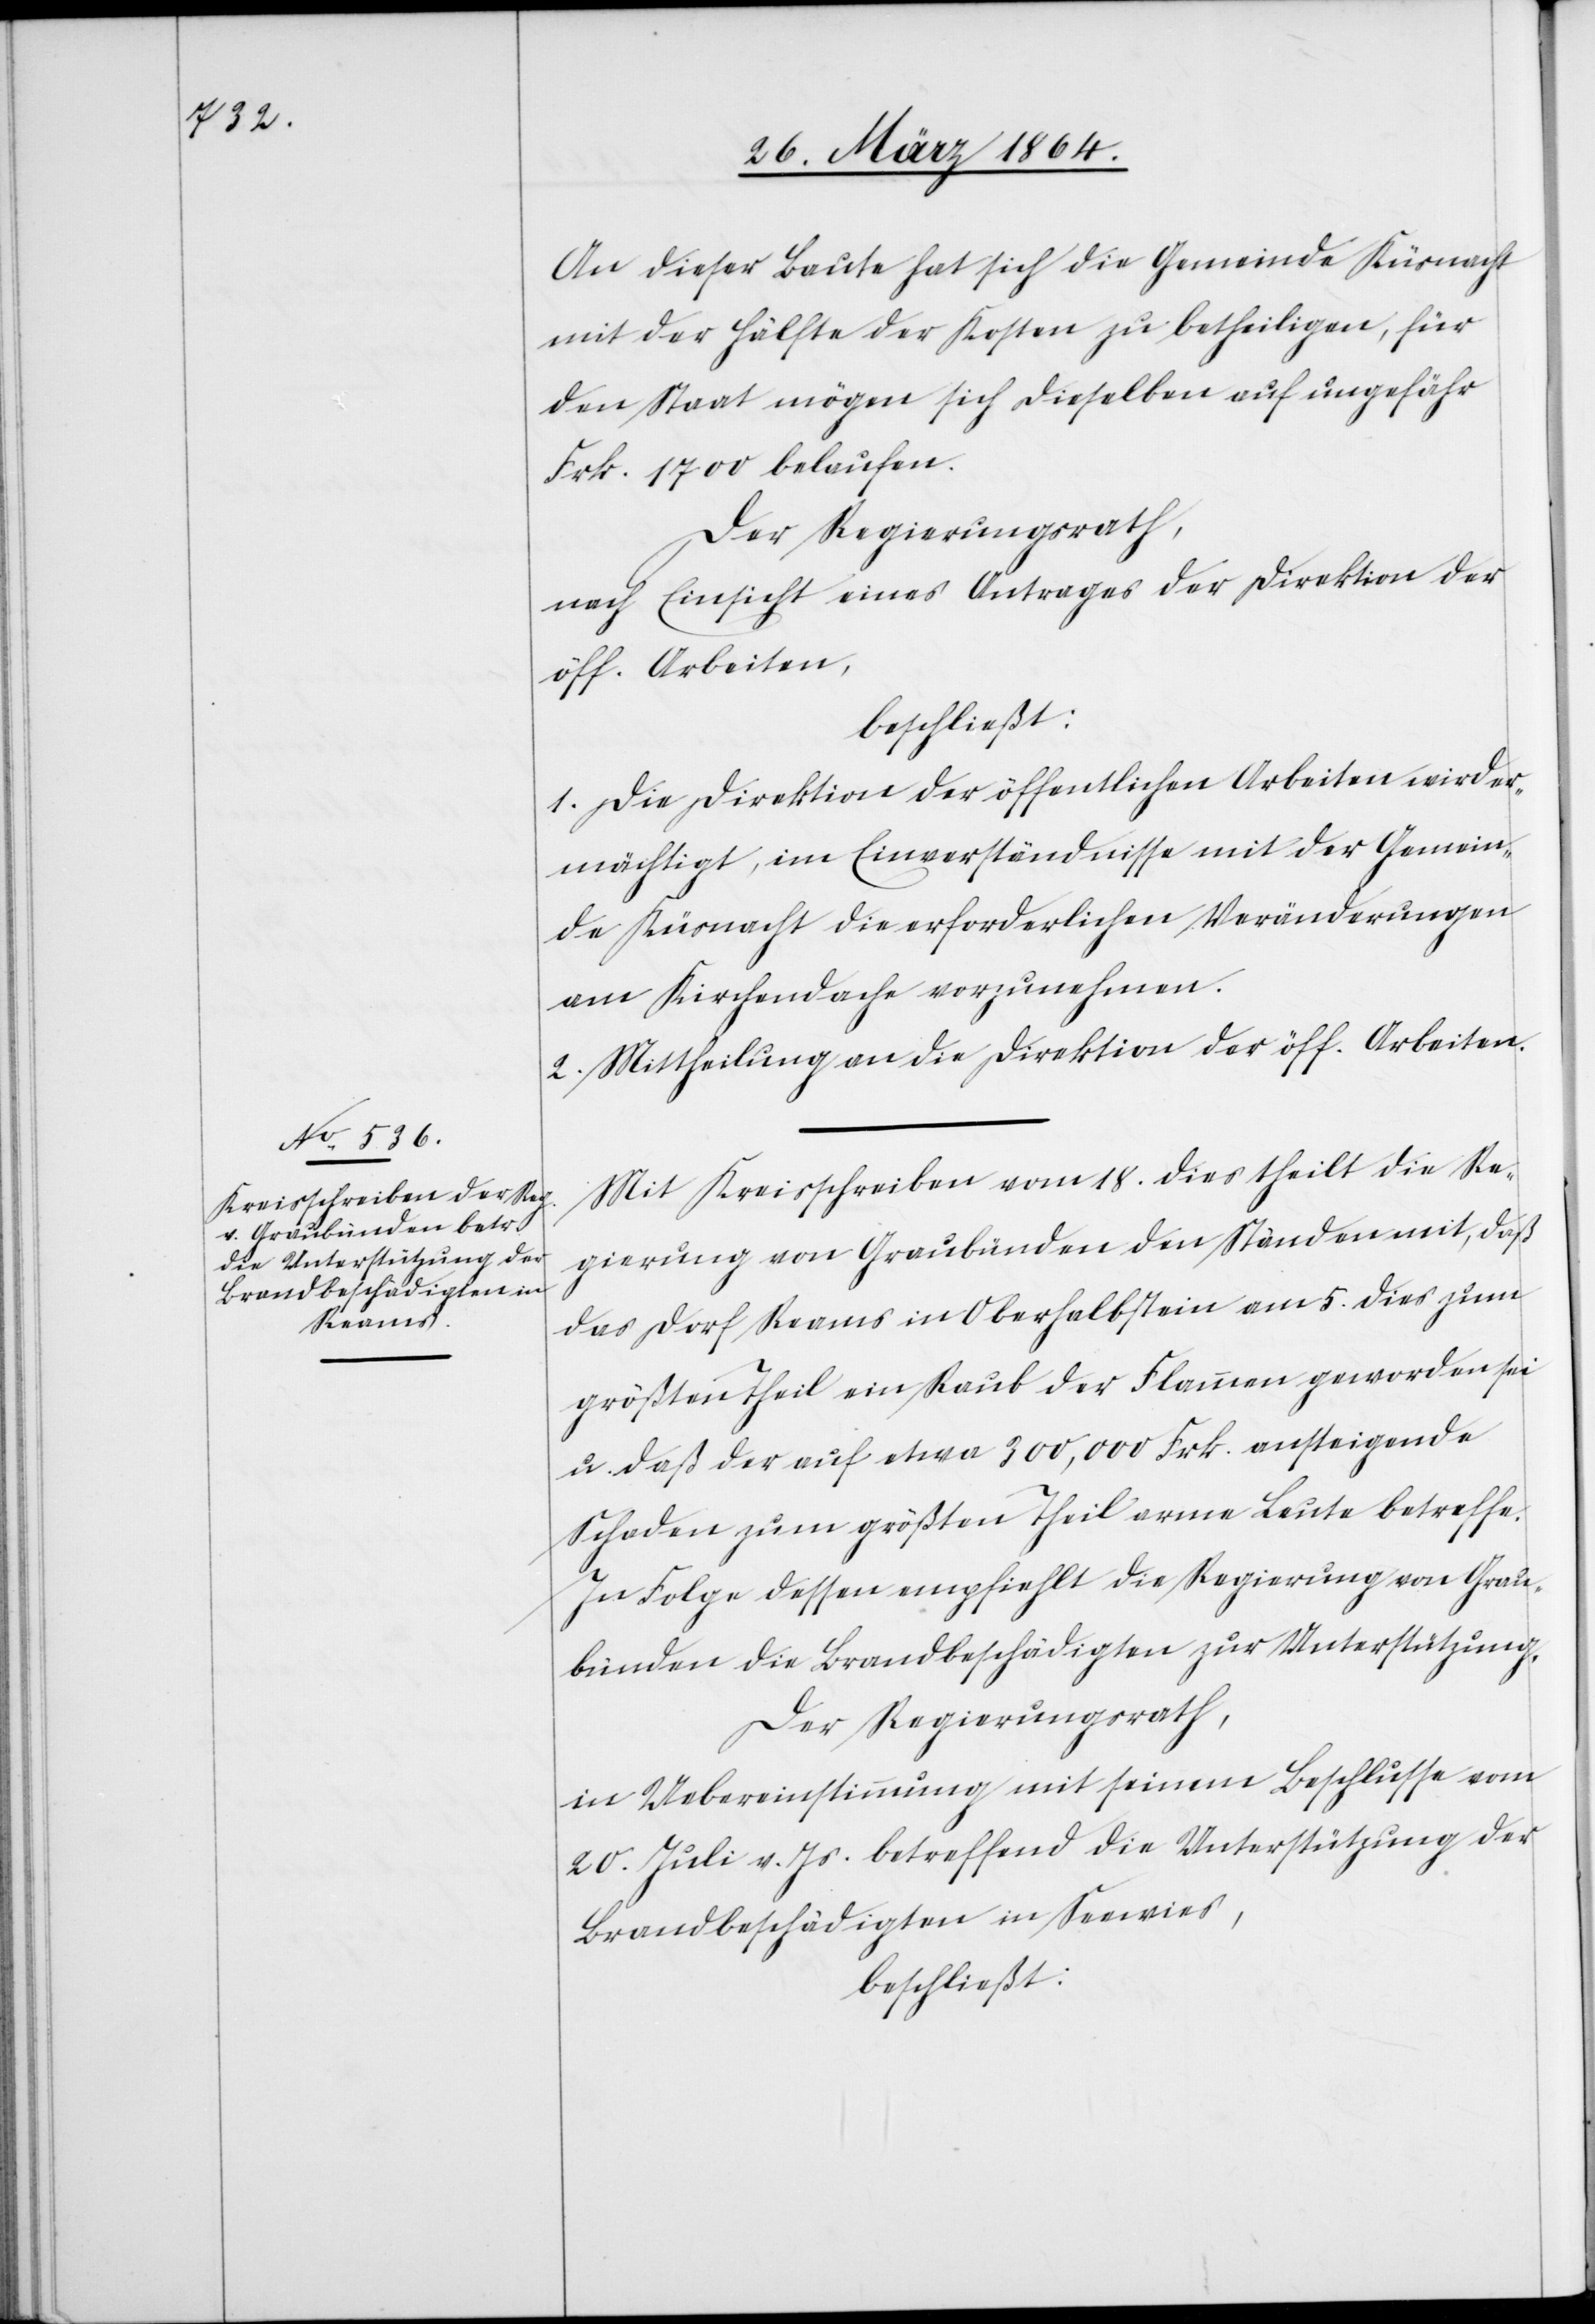
An dieser Baute hat sich die Gemeinde Küsnacht
mit der Hälfte der Kosten zu betheiligen, für
den Staat mögen sich dieselben auf ungefähr
Frk. 1700 belaufen.
Der Regierungsrath,
nach Einsicht eines Antrages der Direktion der
öff. Arbeiten,
beschließt:
1. Die Direktion der öffentlichen Arbeiten wird er¬
mächtigt, im Einverständnisse mit der Gemein¬
de Küsnacht die erforderlichen Veränderungen
am Kirchendache vorzunehmen.
2. Mittheilung an die Direktion der öff. Arbeiten.
Mit Kreisschreiben vom 18. dies theilt die Re¬
gierung von Graubünden den Ständen mit, daß
das Dorf Reams in Oberhalbstein am 5. dies zum
größten Theil ein Raub der Flammen geworden sei
u. daß der auf etwa 300,000 Frk. ansteigende
Schaden zum größten Theil arme Leute betreffe.
In Folge dessen empfiehlt die Regierung von Grau¬
bünden die Brandbeschädigten zur Unterstützung.
Der Regierungsrath,
in Uebereinstimmung mit seinem Beschlusse vom
20. Juli v. Js. betreffend die Unterstützung der
Brandbeschädigten in Seewies,
beschließt: